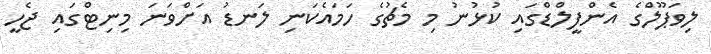
ލިވަޕޫލްގެ އެންފީލްޑްގައި ކުޅުނު މި މެޗުގެ ހަމައެކަނި ލަނޑު އަށްވަނަ މިނިޓްގައި ޖެހީ